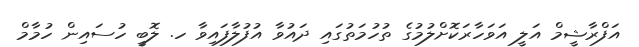
އަފްރާޝީމް އަލީ އަވަހާރަކޮށްލުމުގެ ތުހުމަތުގައި ދައުވާ އުފުލާފައިވާ ހ. ލޮބީ ހުސައިން ހުމާމް